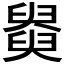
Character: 𦦚